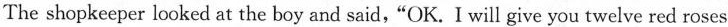
The shopkeeper looked at the boy and said,"OK. I will give you twelve red roses